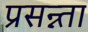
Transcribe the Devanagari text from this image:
प्रसन्न्ता